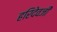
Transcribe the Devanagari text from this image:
हरिदेवजी